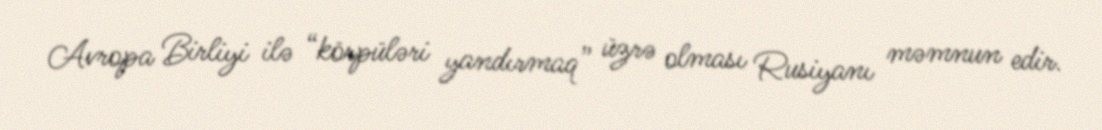
Avropa Birliyi ilə “körpüləri yandırmaq” üzrə olması Rusiyanı məmnun edir.